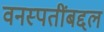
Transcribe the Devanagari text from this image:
वनस्पतींबद्दल